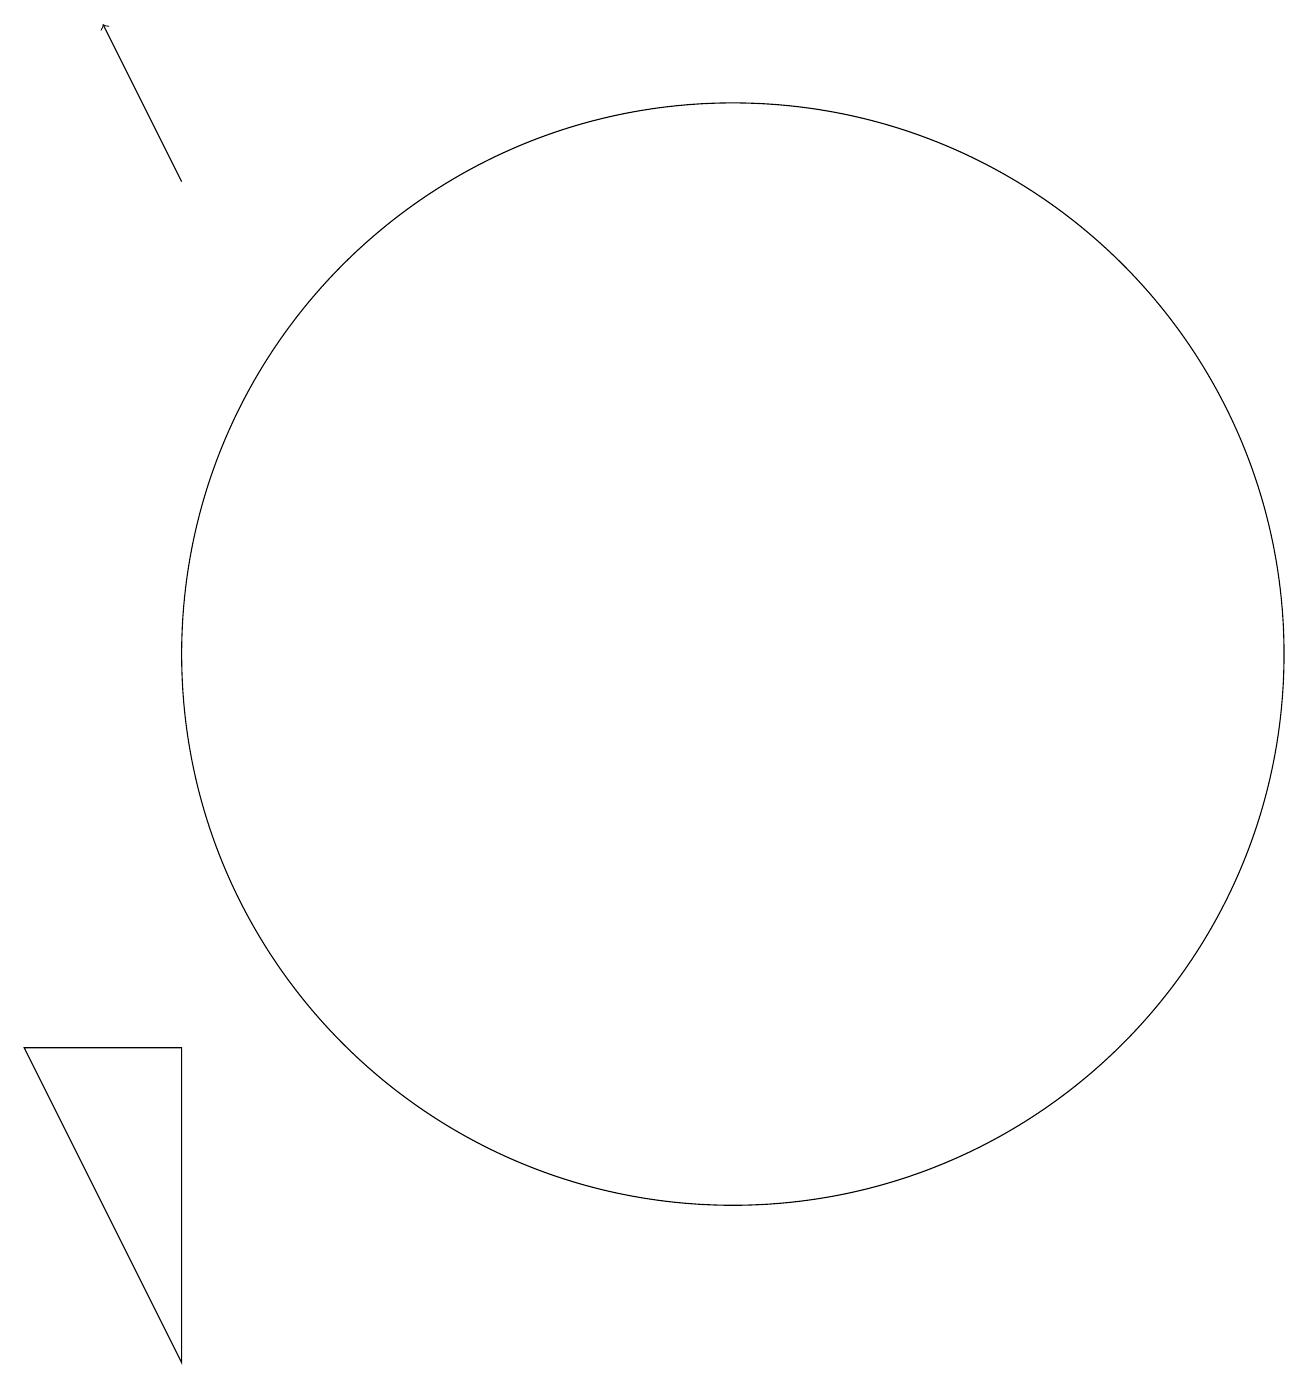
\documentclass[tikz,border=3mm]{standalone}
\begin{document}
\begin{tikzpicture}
\draw (10,11) circle (7);
\draw (3,2) -- (3,6) -- (1,6) -- cycle;
\draw[->] (3,17) -- (2,19);
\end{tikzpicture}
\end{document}